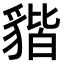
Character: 𧳧